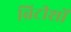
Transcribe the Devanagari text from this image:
ब्रिटीशों